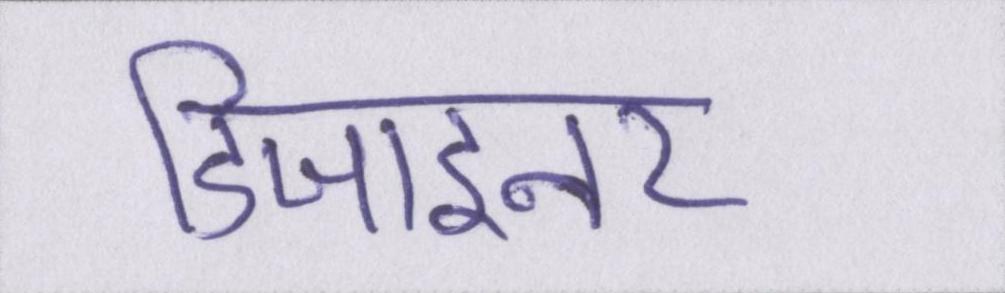
डिजाइनर